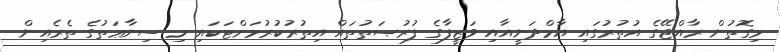
މިގޮތުން ރާއްޖޭގެ އުތުރުގައި އާމްދަނީއާއި ވަޒީފާގެ ފުރުޞަތުތައް އިތުރުކުރުމަށްޓަކައި މި ސިނާޢަތުގެ ތެރެއިން